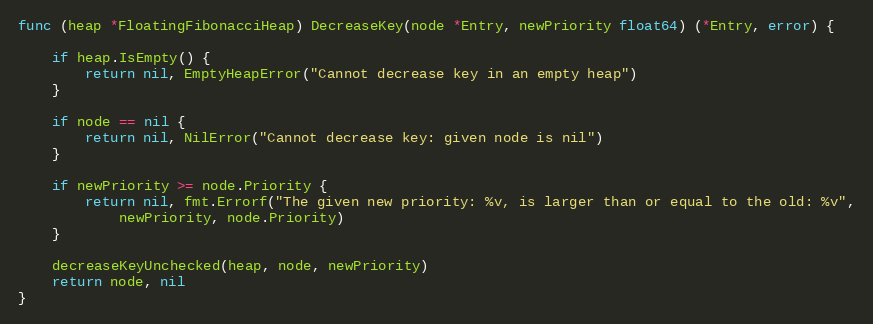
Language: Go
func (heap *FloatingFibonacciHeap) DecreaseKey(node *Entry, newPriority float64) (*Entry, error) {

	if heap.IsEmpty() {
		return nil, EmptyHeapError("Cannot decrease key in an empty heap")
	}

	if node == nil {
		return nil, NilError("Cannot decrease key: given node is nil")
	}

	if newPriority >= node.Priority {
		return nil, fmt.Errorf("The given new priority: %v, is larger than or equal to the old: %v",
			newPriority, node.Priority)
	}

	decreaseKeyUnchecked(heap, node, newPriority)
	return node, nil
}